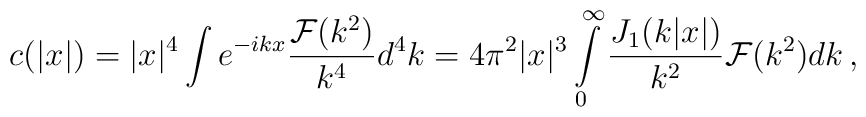
c(|x|) = |x|^4 \int e^{-i k x} \frac{{\cal F}(k^2)}{k^4} d^4k = 4\pi^2 |x|^3  \int\limits_{0}^{\infty} \frac{J_1(k|x|)}{k^2}{\cal F}(k^2)dk\,,